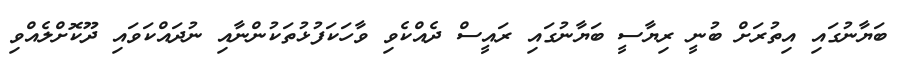
ބަޔާނުގައި އިތުރަށް ބުނީ ރިޔާސީ ބަޔާނުގައި ރައީސް ދެއްކެވި ވާހަކަފުޅުތަކުންނާއި ނުދައްކަވައި ދޫކޮށްލެއްވި